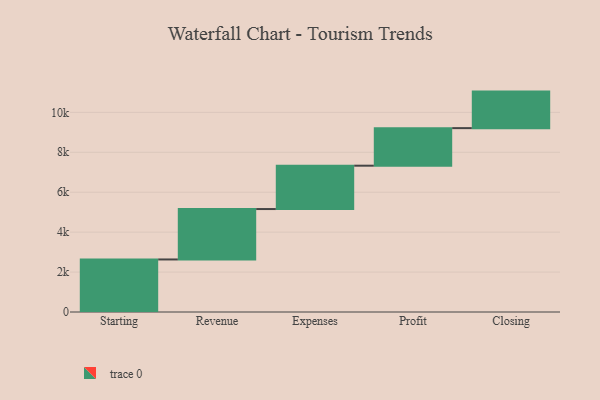
{"axis": {"x": "Step", "y": "Value"}, "legend": [""], "data": [{"x": "Starting", "y": 2632.0, "type": ""}, {"x": "Revenue", "y": 2525.0, "type": ""}, {"x": "Expenses", "y": 2172.0, "type": ""}, {"x": "Profit", "y": 1881.0, "type": ""}, {"x": "Closing", "y": 1830.0, "type": ""}]}